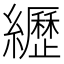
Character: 𦇔